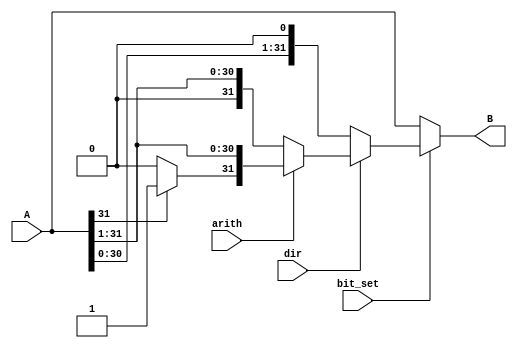
`timescale 1ns / 1ps
//////////////////////////////////////////////////////////////////////////////////
// Company: 
// Engineer: 
// 
// Design Name: 
// Module Name:    SHIFT_1 
// Project Name: 
// Target Devices: 
// Tool versions: 
// Description: 
//
// Dependencies: 
//
// Revision: 
// Revision 0.01 - File Created
// Additional Comments: 
//
//////////////////////////////////////////////////////////////////////////////////
module SHIFT_1(input[31:0] A, input bit_set, input dir, input arith, output[31:0] B);
	
	wire[31:0] left;
	wire[31:0] right;
	wire[31:0] right_arith;
	wire[31:0] result;
	
	assign left[0] = 1'b0;
	assign left[31:1] = A[30:0];
	
	assign right[31] = 1'b0;
	assign right[30:0] = A[31:1];

	assign right_arith[31] = (A[31] == 0) ? 1'b0 : 1'b1;
	assign right_arith[30:0] = A[31:1];
	
	assign result = (dir == 1) ? (arith==1 ? right_arith : right) : left;
	
	assign B = (bit_set == 1) ? result : A;
	
endmodule